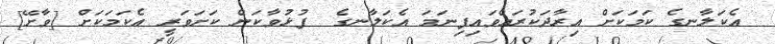
އެކަލާނގެ ކަމަކަށް އިރާދަކުރައްވައިފިނަމަ އެކަލާނގެ  ފުޅުވާކަން ކަށަވަރީ އެކަމަކަށް [ވާށޭ]